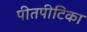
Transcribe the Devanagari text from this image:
पीतपीटिका